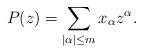
LaTeX: \begin{align*}P(z)=\sum_{|\alpha|\le m}x_\alpha z^\alpha.\end{align*}